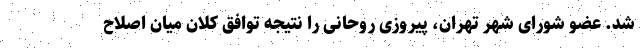
شد. عضو شورای شهر تهران، پیروزی روحانی را نتیجه توافق کلان میان اصلاح